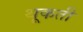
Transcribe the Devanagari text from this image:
थूकती